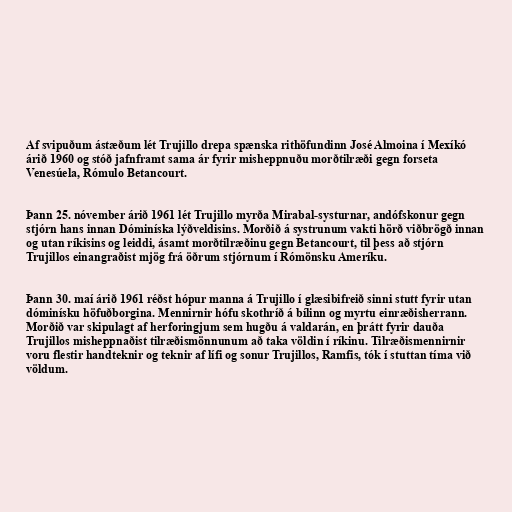
Af svipuðum ástæðum lét Trujillo drepa spænska rithöfundinn José Almoina í Mexíkó
árið 1960 og stóð jafnframt sama ár fyrir misheppnuðu morðtilræði gegn forseta
Venesúela, Rómulo Betancourt.

Þann 25. nóvember árið 1961 lét Trujillo myrða Mirabal-systurnar, andófskonur gegn
stjórn hans innan Dóminíska lýðveldisins. Morðið á systrunum vakti hörð viðbrögð innan
og utan ríkisins og leiddi, ásamt morðtilræðinu gegn Betancourt, til þess að stjórn
Trujillos einangraðist mjög frá öðrum stjórnum í Rómönsku Ameríku.

Þann 30. maí árið 1961 réðst hópur manna á Trujillo í glæsibifreið sinni stutt fyrir utan
dóminísku höfuðborgina. Mennirnir hófu skothríð á bílinn og myrtu einræðisherrann.
Morðið var skipulagt af herforingjum sem hugðu á valdarán, en þrátt fyrir dauða
Trujillos misheppnaðist tilræðismönnunum að taka völdin í ríkinu. Tilræðismennirnir
voru flestir handteknir og teknir af lífi og sonur Trujillos, Ramfis, tók í stuttan tíma við
völdum.